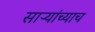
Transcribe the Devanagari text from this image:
साऱ्यांच्याच